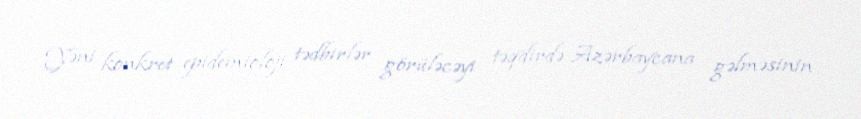
Yəni konkret epidemioloji tədbirlər görüləcəyi təqdirdə Azərbaycana gəlməsinin